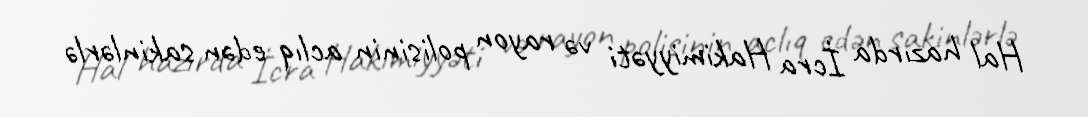
Hal hazırda İcra Hakimiyyəti və rayon polisinin aclıq edən sakinlərlə